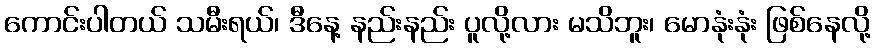
ကောင်းပါတယ် သမီးရယ်၊ ဒီနေ့ နည်းနည်း ပူလို့လား မသိဘူး၊ မောနုံးနုံး ဖြစ်နေလို့